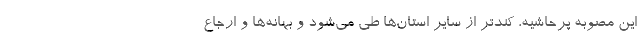
اين مصوبه پرحاشيه، كندتر از ساير استان‌ها طي مي‌شود و بهانه‌ها و ارجاع